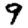
Digit: 9